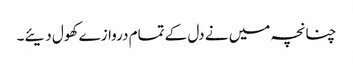
چنانچہ میں نے دل کے تمام دروازے کھول دیئے۔